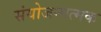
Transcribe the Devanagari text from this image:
संयोजनात्मक